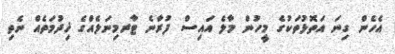
އެހެން ގިނަ އަތޮޅުތަކުގެ މީހުން މާލެ އައިސް ފުރާނެ ޓާރމިނަލެއްގެ ޚިދުމަތެއް ނެތި